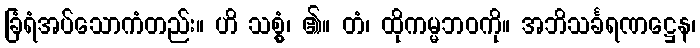
ခြံရံအပ်သောကံတည်း။ ဟိ သစ္စွံ၊ ၏။ တံ၊ ထိုကမ္မဘဝကို။ အဘိသင်္ခရဏဋ္ဌေန၊